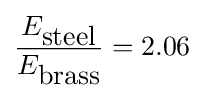
{\frac {E_{\mbox{steel}}}{E_{\mbox{brass}}}}=2.06